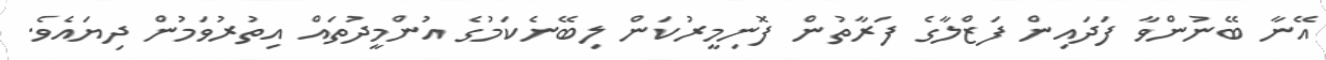
އޭނާ ބޭނުންވާ ފަދައިން ފަޒްލާގެ ފަރާތުން ފޮނިމީރުކަން ލިބޭނެކަމުގެ އުންމީދުތައް އިތުރުވަމުން ދިޔައެވެ.